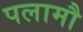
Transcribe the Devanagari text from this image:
पलामौ